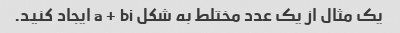
یک مثال از یک عدد مختلط به شکل a + bi ایجاد کنید.